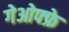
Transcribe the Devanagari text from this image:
गेओफ्फ्रे